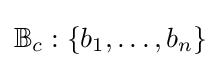
\mathbb {B} _{c}:\left\{b_{1},\ldots ,b_{n}\right\}